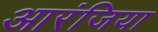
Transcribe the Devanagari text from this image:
आरंजिया